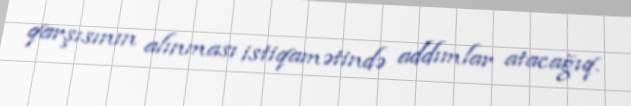
qarşısının alınması istiqamətində addımlar atacağıq.